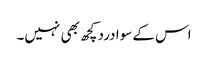
اس کے سوا درد کچھ بھی نہیں۔